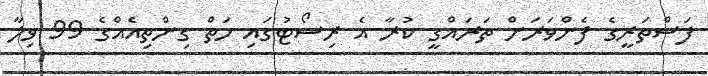
ފަސްތަރީގެ ފެންވަރަށް ތަރައްގީ ކުރާ އެ ރިސޯޓުގައި ހަތް ގިންތިއެއްގެ 99 ވިލާ